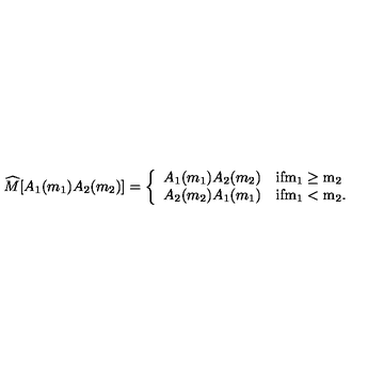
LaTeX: \widehat { M } [ A _ { 1 } ( m _ { 1 } ) A _ { 2 } ( m _ { 2 } ) ] = \left\{ \begin{array} { l l } { A _ { 1 } ( m _ { 1 } ) A _ { 2 } ( m _ { 2 } ) } & { \mathrm { i f m _ 1 \geq m _ 2 } } \\ { A _ { 2 } ( m _ { 2 } ) A _ { 1 } ( m _ { 1 } ) } & { \mathrm { i f m _ 1 < m _ 2 } . } \\ \end{array} \right.